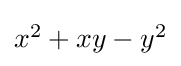
\textstyle x^{2}+xy-y^{2}